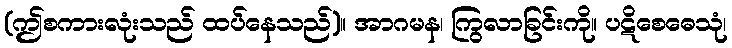
(ဤစကားလုံးသည် ထပ်နေသည်)။ အာဂမန၊ ကြွလာခြင်းကို။ ပဋိစေဓေသုံ၊